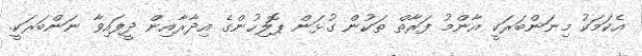
އެކަމަކު މިނަންބަރަކީ އާންމު ފަރާތް ތަކުން ގުޅަން ޕޮލިހުންގެ އިދާރާއިން ދީފައިވާ ނަންބަރަކީ.